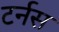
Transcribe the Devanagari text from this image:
टर्नस